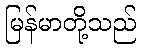
မြန်မာတို့သည်